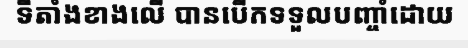
ទីតាំងខាងលើ បានបើកទទួលបញ្ចាំដោយ